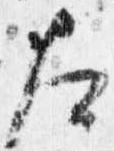
左